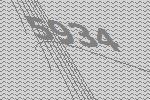
5934